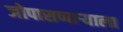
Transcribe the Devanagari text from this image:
जोपासणाऱ्याला